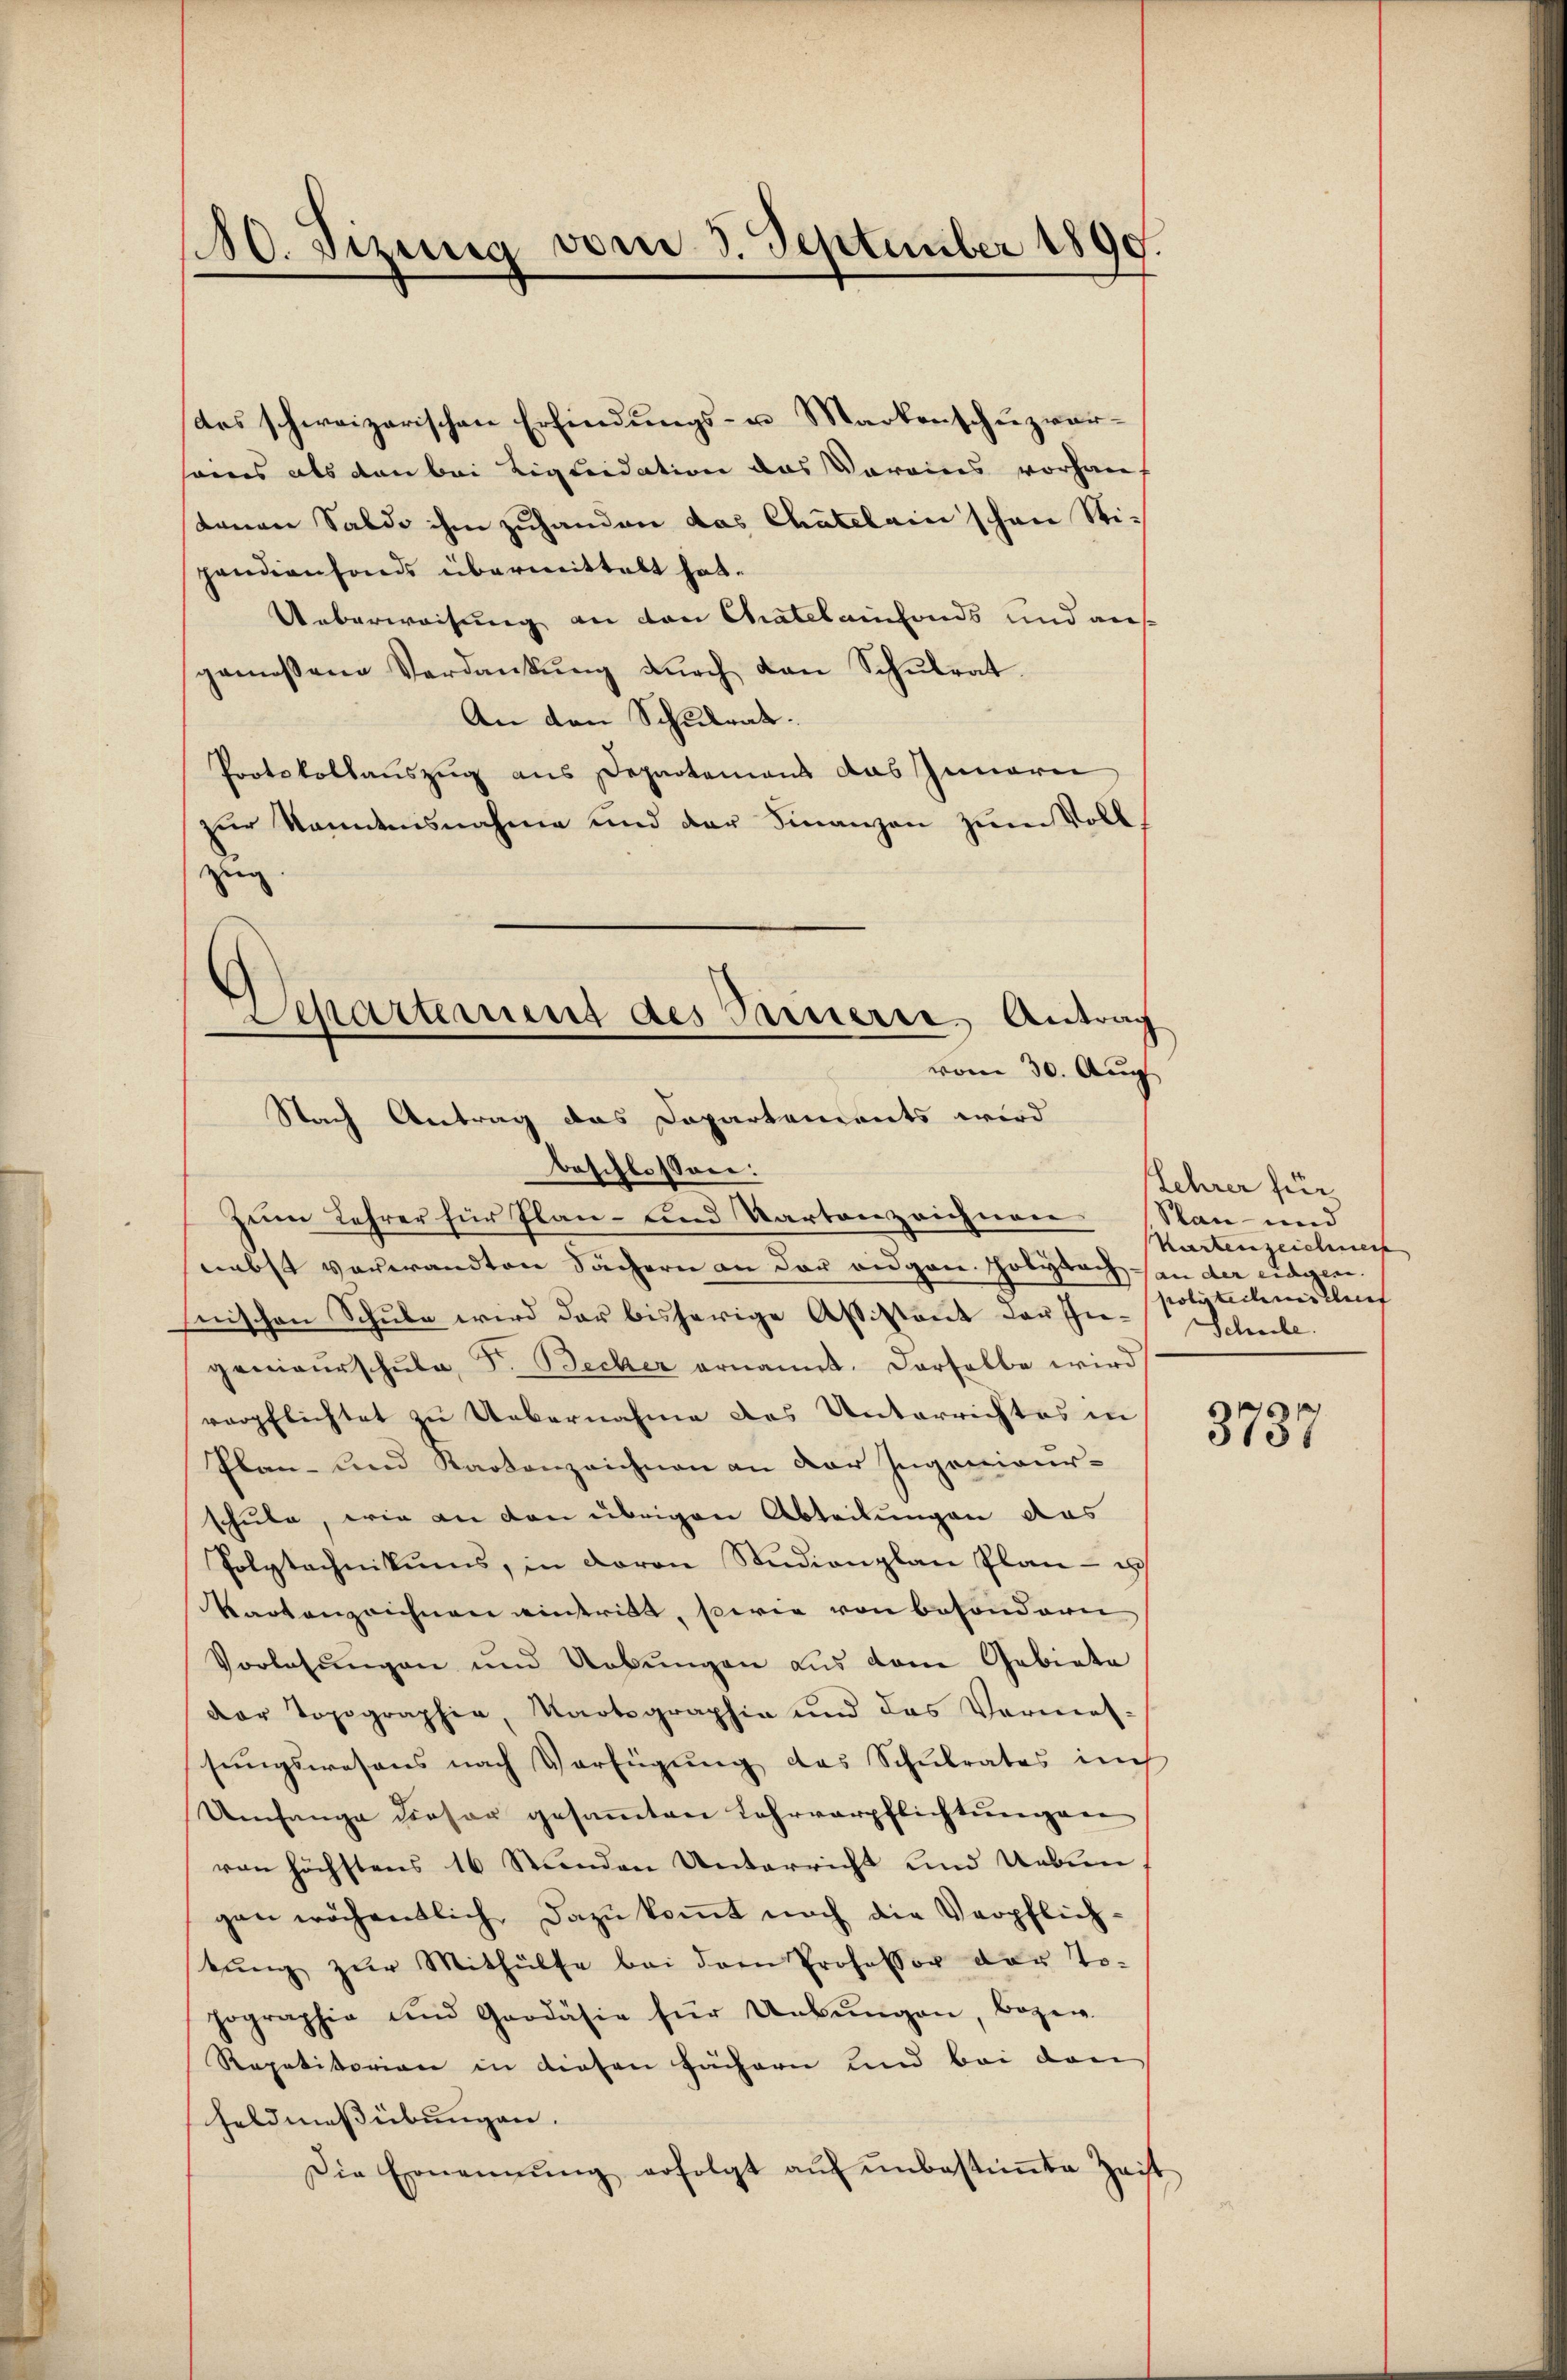
des schweizerischen Erfindungs- u. Markenschuzvorseines als den bei Liquidation das Vereins vorhaus
tanen Saldo ihm zuhanden das Chatelain schon Sti-
pandienfonds übermittelt hat.
Ueberweisung an den Chatel einfonds und aus
gemessene Verdankŭng dŭrch den Schŭlrat
An den Schulrat.
Protokollauszug aus Departemens das Innerei
zur Namensnahme und der Finanzen zum Voll
zug
beschlossen:
Zum Lehrer für Plan- und Kartonzeichnen. Nan- und
nebst verwandten Sachern an der eidgen. Hobybach an der eidgen.
nischen Schule wird der bisherige Assistant der In- Schule.
genieŭrschŭle, F. Becker ernannt. Derselbe wird
verpflichtet zu Uebernahme des Unterrichtes in
Plan- und Kartenzeichnen an der Ingenieur-
schule, wie an den übrigen Abteilungen das
Polytechnikums, in davon Studionplan Plan- u
Wartenzeichnen eintritt, sowie von besondern
Vorlesungen und Uebungen aus dem Gebiete
der Topographie, Kartographie und das Vermes-
sungswesens nach Verfügung das Schulrates auch
Umfange dieser gesaṁten Lehrverpflichtŭngen
von höchstens 16 Stunden Unterricht und Uebun
gen wöchentlich, dazu kommt noch die Verpflichtŭng zŭr Mithülfe bei dem Professor der To-
hographie und Grodäsie für Uebŭngen, bezw.
Repetitorian in diesen Fächern und bei den
Feldmessübungen.
Die Ernennung erfolgt aŭf ŭnbestimte Zeit

180. Dizung vom 3. September 1890

Separtement des Sauerre Antrag
vom 30. Aug
Nach Antrag das Dapartements wird

Lehrer für
Karten eichneis
polstechnis auf

3737